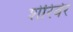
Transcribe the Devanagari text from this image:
शेरिबेर